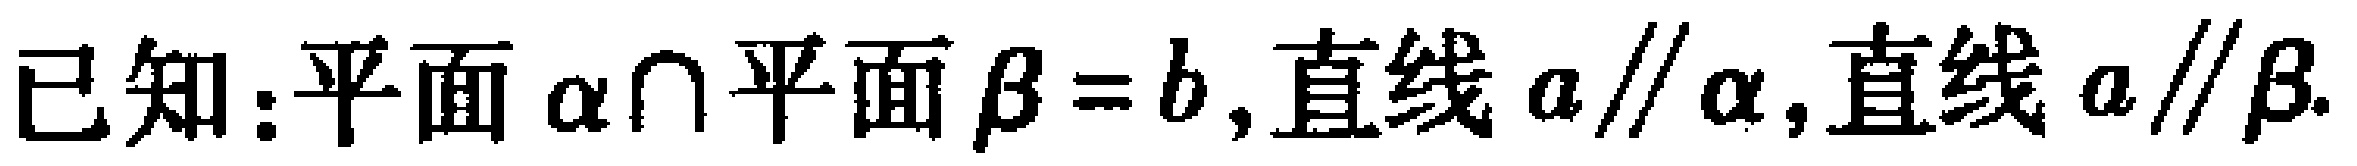
已知：平面$\alpha \cap$平面$\beta = b$,直线$a \parallel \alpha$,直线$a \parallel \beta$.